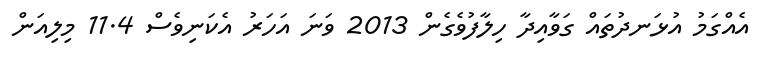
އެއްގަމު އުޅަނދުތައް ގަވާއިދާ ހިލާފުވެގެން 2013 ވަނަ އަހަރު އެކަނިވެސް 11.4 މިލިއަން